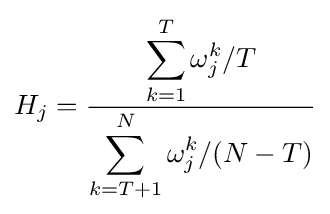
H_{j}={\frac {\displaystyle \sum _{k=1}^{T}\omega _{j}^{k}/T}{\displaystyle \sum _{k=T+1}^{N}\omega _{j}^{k}/(N-T)}}